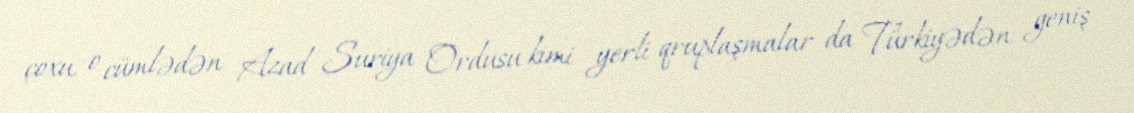
çoxu, o cümlədən Azad Suriya Ordusu kimi yerli qruplaşmalar da Türkiyədən geniş